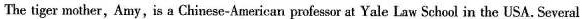
The tiger mother,Amy,is a Chinese-American professor at Yale Law School in the USA. Several